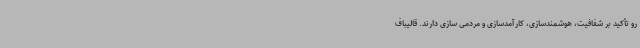
رو تأکید بر شفافیت، هوشمندسازی، کارآمدسازی و مردمی سازی دارند. قالیباف